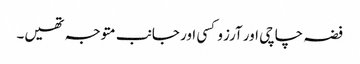
فضہ چاچی اور آرزو کسی اور جانب متوجہ تھیں۔